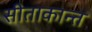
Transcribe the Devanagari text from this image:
सीताकान्त